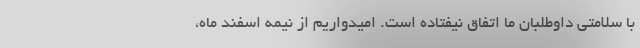
با سلامتی داوطلبان ما اتفاق نیفتاده است. امیدواریم از نیمه اسفند ماه،